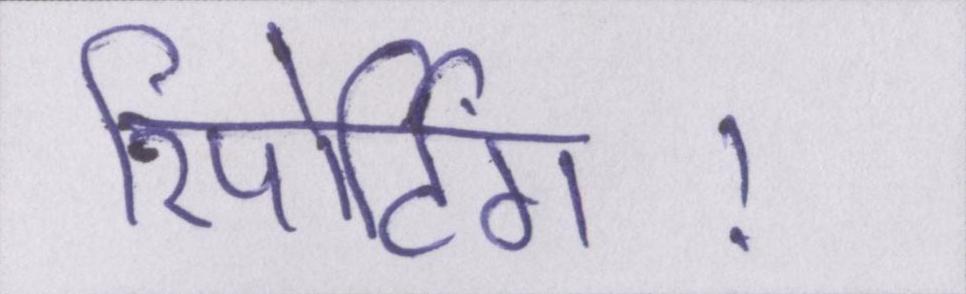
रिपोर्टिंग।